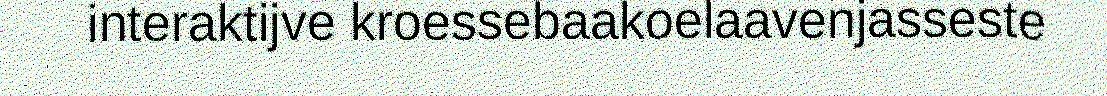
interaktijve kroessebaakoelaavenjasseste